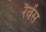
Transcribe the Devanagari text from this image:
रैवेंस